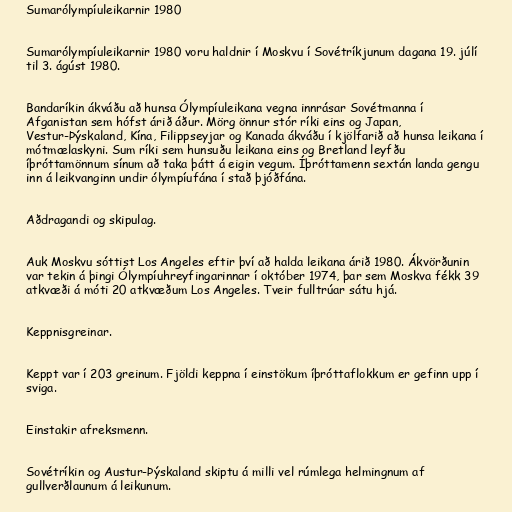
Sumarólympíuleikarnir 1980

Sumarólympíuleikarnir 1980 voru haldnir í Moskvu í Sovétríkjunum dagana 19. júlí
til 3. ágúst 1980.

Bandaríkin ákváðu að hunsa Ólympíuleikana vegna innrásar Sovétmanna í
Afganistan sem hófst árið áður. Mörg önnur stór ríki eins og Japan,
Vestur-Þýskaland, Kína, Filippseyjar og Kanada ákváðu í kjölfarið að hunsa leikana í
mótmælaskyni. Sum ríki sem hunsuðu leikana eins og Bretland leyfðu
íþróttamönnum sínum að taka þátt á eigin vegum. Íþróttamenn sextán landa gengu
inn á leikvanginn undir ólympíufána í stað þjóðfána.

Aðdragandi og skipulag.

Auk Moskvu sóttist Los Angeles eftir því að halda leikana árið 1980. Ákvörðunin
var tekin á þingi Ólympíuhreyfingarinnar í október 1974, þar sem Moskva fékk 39
atkvæði á móti 20 atkvæðum Los Angeles. Tveir fulltrúar sátu hjá.

Keppnisgreinar.

Keppt var í 203 greinum. Fjöldi keppna í einstökum íþróttaflokkum er gefinn upp í
sviga.

Einstakir afreksmenn.

Sovétríkin og Austur-Þýskaland skiptu á milli vel rúmlega helmingnum af
gullverðlaunum á leikunum.